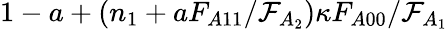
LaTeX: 1-a+(n_{1}+aF_{A11}/\mathcal{F}_{A_{2}})\kappa F_{A00}/\mathcal{F}_{A_{1}}